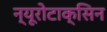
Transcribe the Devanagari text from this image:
न्यूरोटाक्सिन